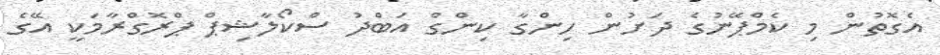
އެގޮތުން މި ކެމްޕޭނުގެ ދަށުން ހިންގާ ކިންގް އަބްދު ސްކޯލާޝިޕް ޕްރޮގްރާމަކީ އޭގެ